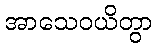
အာသေဝယိတွာ